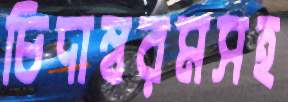
চিদাম্বরমসহ